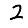
Digit: 2